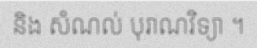
និង សំណល់ បុរាណវិទ្យា ។